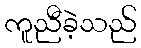
ကူညီခဲ့သည်